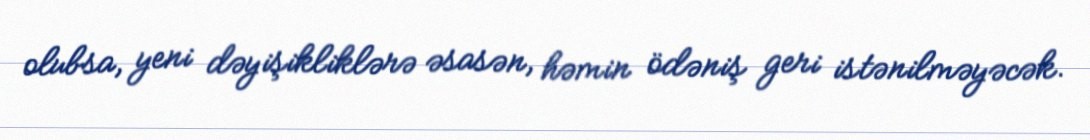
olubsa, yeni dəyişikliklərə əsasən, həmin ödəniş geri istənilməyəcək.